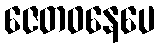
ဇေတဝနေပေ